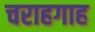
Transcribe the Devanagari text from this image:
चराहगाह